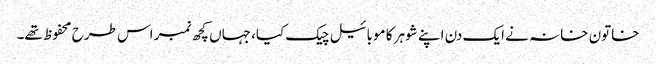
خاتون خانہ نے ایک دن اپنے شوہر کا موبائیل چیک کیا، جہاں کچھ نمبر اس طرح محفوظ تھے۔